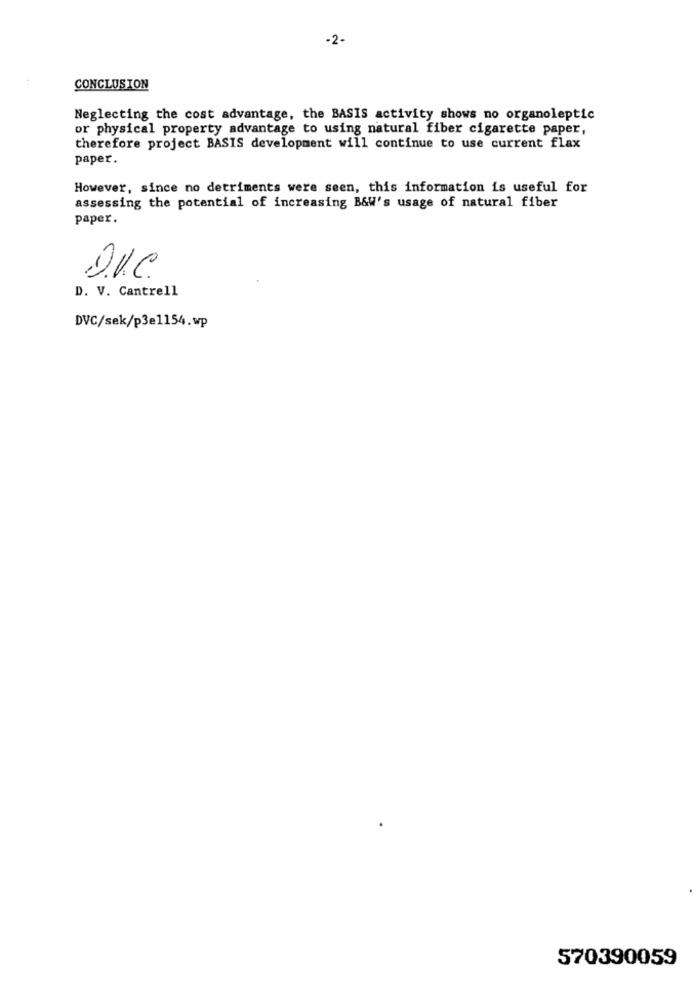
-2-
CONCLUSION
Neglecting the cost advantage, the BASIS activity shows no organoleptic
or physical property advantage to using natural fiber cigarette paper,
therefore project BASIS development will continue to use current flax
paper.
However, since no detriments were seen, this information is useful for
assessing the potential of increasing B&W's usage of natural fiber
paper.
D. V. Cantrell
DVC/sek/p3e1154.wp
570390059